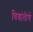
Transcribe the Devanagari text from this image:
विश्रांतीचें